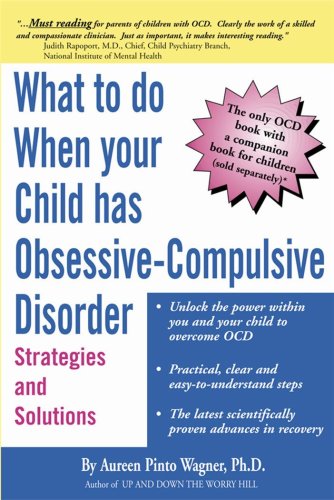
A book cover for What to do when your Child has Obsessive-Compulsive Disorder: Strategies and Solutions; Aureen Pinto Wagner Ph.D.; Health, Fitness & Dieting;